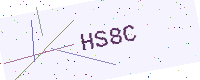
Text: HS8C